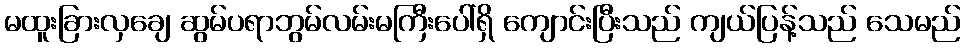
မထူးခြားလှချေ ဆွမ်ပရာဘွမ်လမ်းမကြီးပေါ်ရှိ ကျောင်းပြီးသည် ကျယ်ပြန့်သည် သေမည်